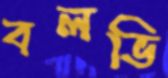
বলভি